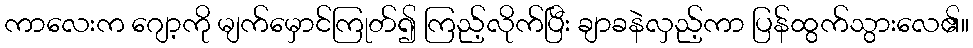
ကာလေးက ဂျော့ကို မျက်မှောင်ကြုတ်၍ ကြည့်လိုက်ပြီး ချာခနဲလှည့်ကာ ပြန်ထွက်သွားလေ၏။